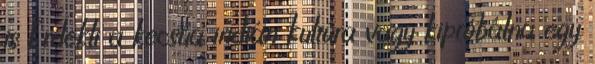
is Érdekli a kecsua indián kultúra vagy kipróbálna egy